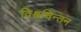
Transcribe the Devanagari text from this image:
विश्वचिन्तन